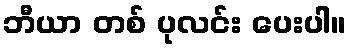
ဘီယာ တစ် ပုလင်း ပေးပါ။